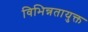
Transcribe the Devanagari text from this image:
विभिन्नतायुक्त